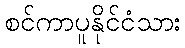
စင်ကာပူနိုင်ငံသား